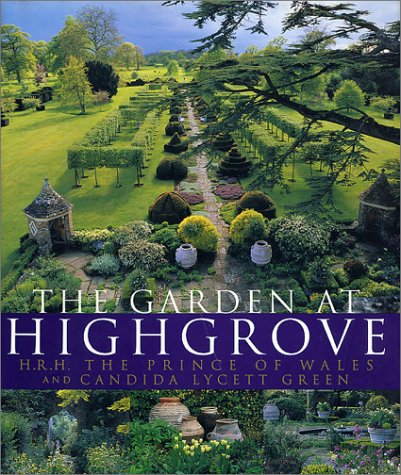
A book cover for The Garden at Highgrove; Charles Windsor; Crafts, Hobbies & Home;